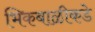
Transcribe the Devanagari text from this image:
भिकबाळीकडे